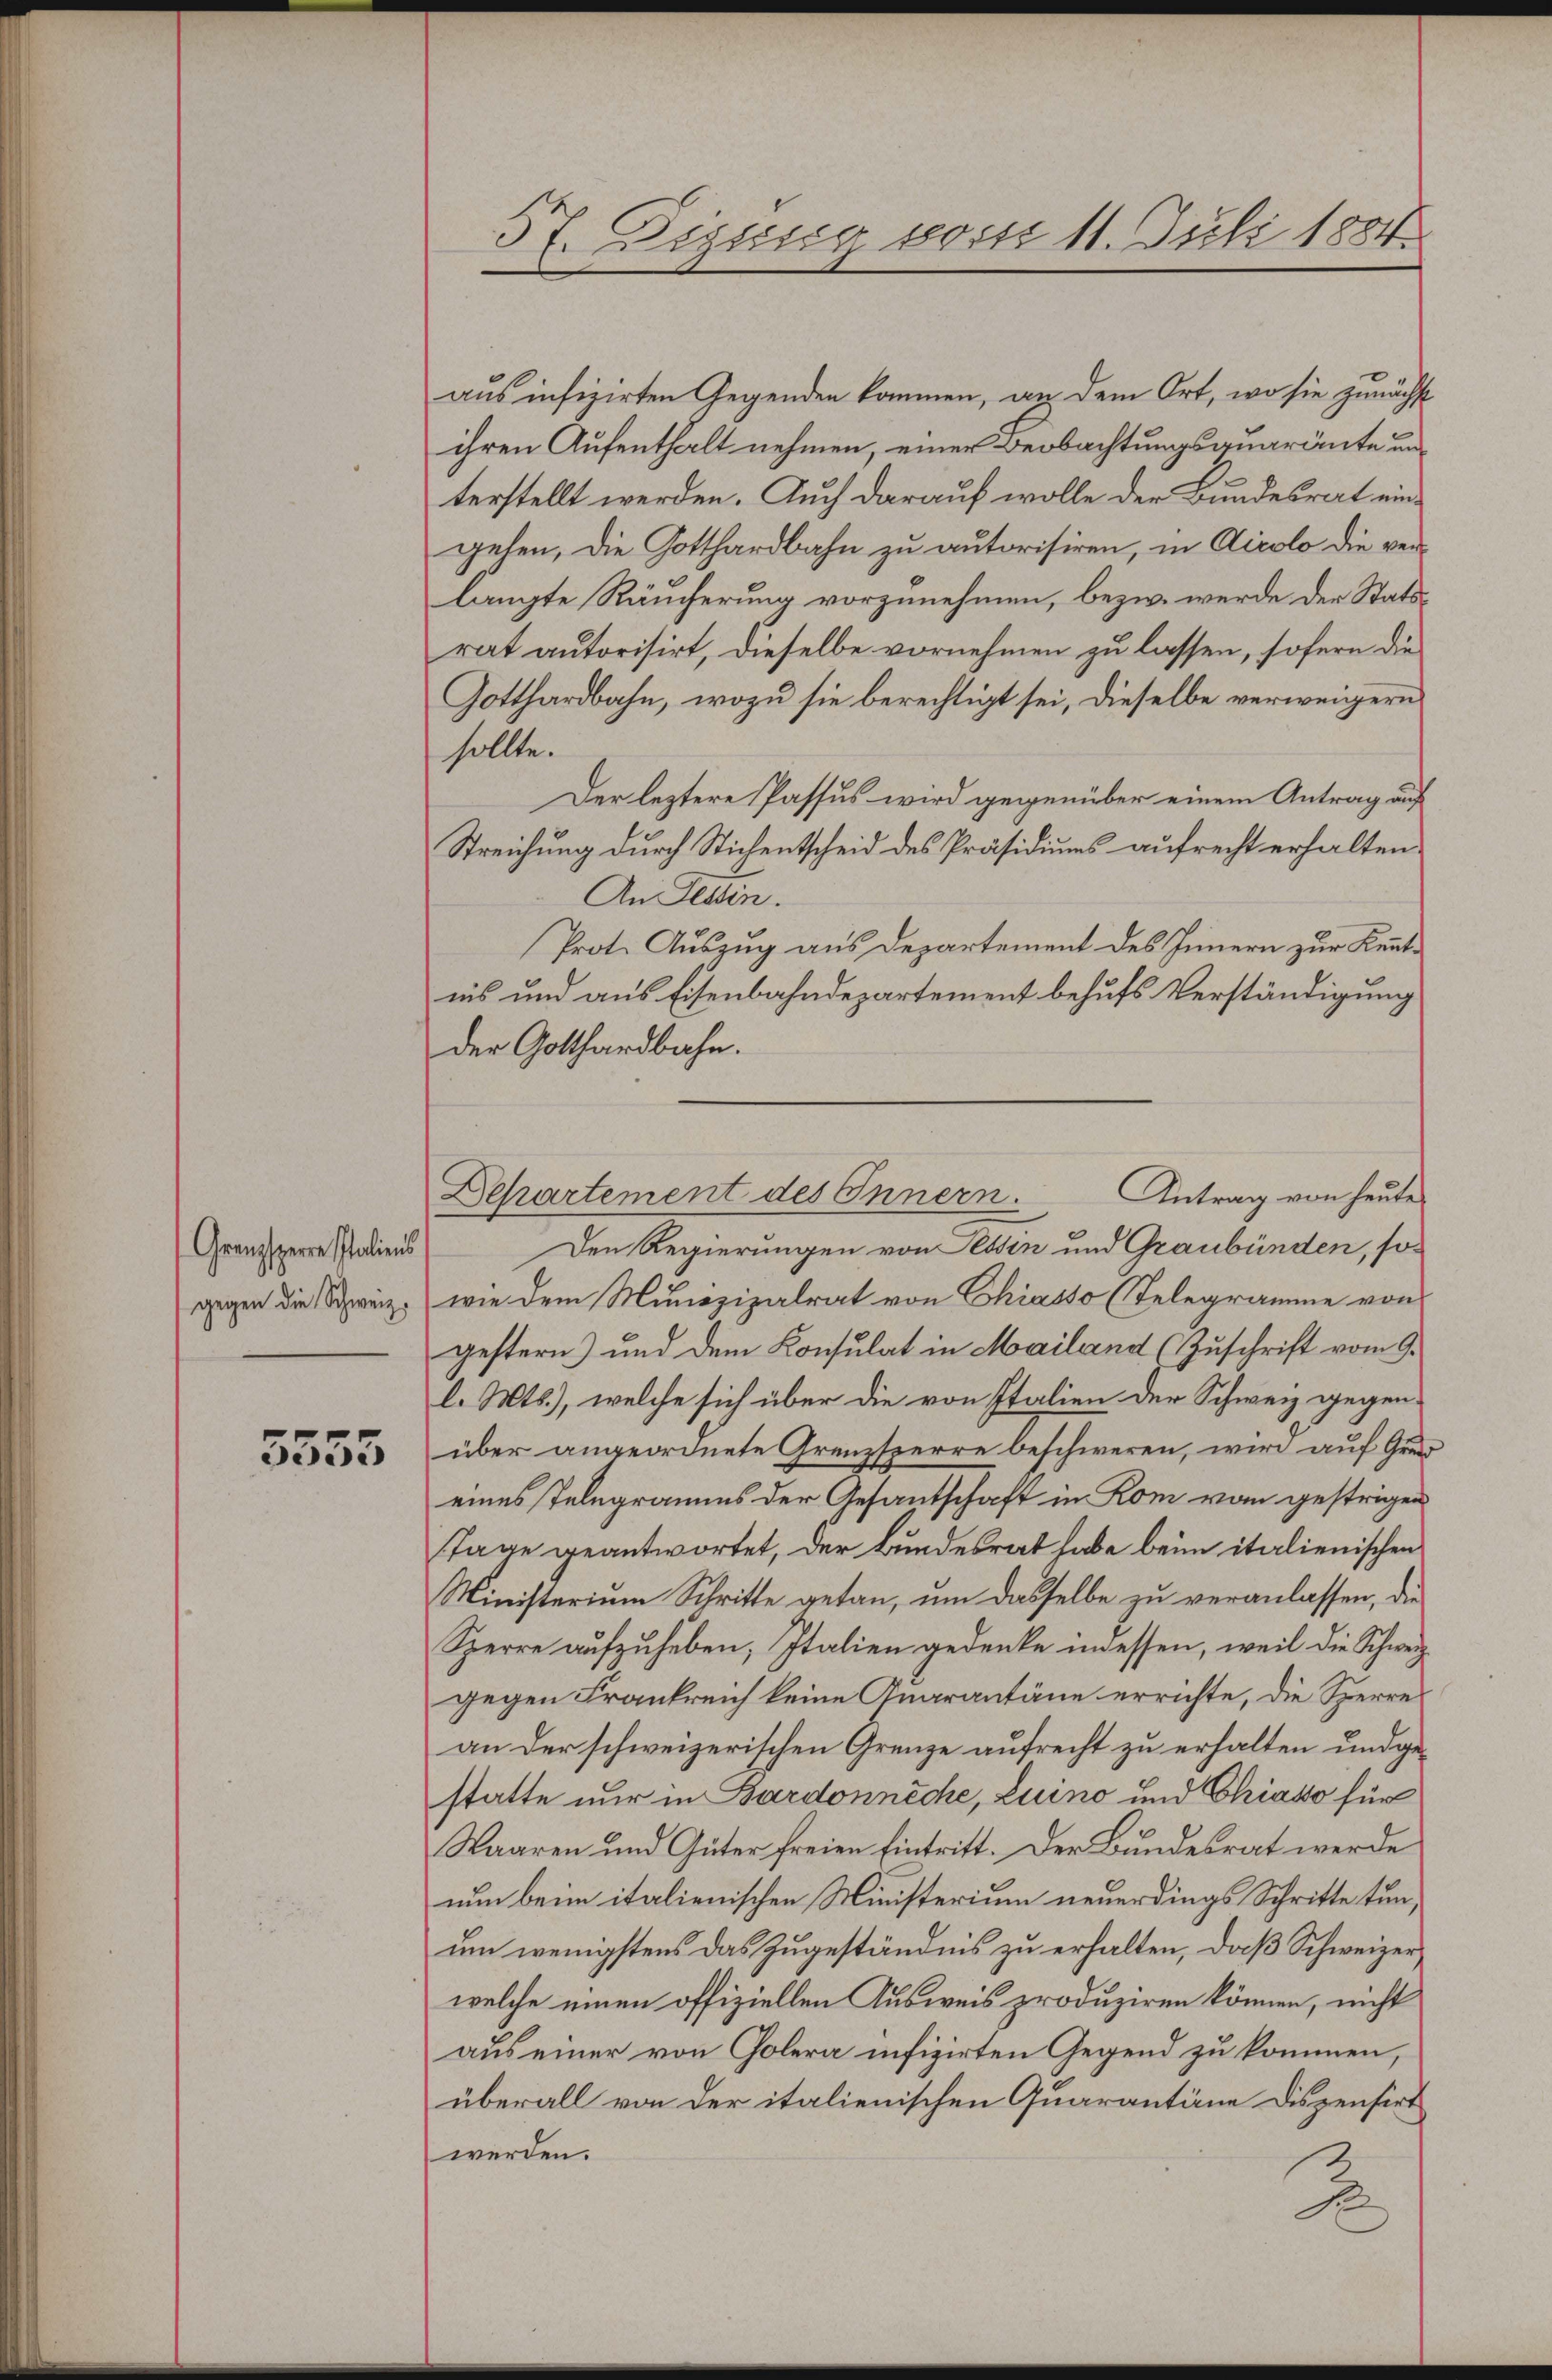
Granzsperre Italiens
gegen die Schweiz.

3555

57. Diesig vom 11. Juli 1884.
E

aus infizirten Gegenden kommen, an dem Ort, wo sie zunächst
ihren Aufenthalt nehmen, einer Beobachtungsquarante unterstellt werden. Auch darauf wolle der Bundesrat eingeben, die Gotthardbahn zu autorisiren, in Airolo die verlangte Räucherung vorzunehmen, bezw. werde der Statsrat autorisirt, dieselbe vornehmen zu lassen, sofern die
Gotthardbahn, wozu sie berechtigt sei, dieselbe verweigern
sollte.
Der leztere Passus wird gegenüber einem Antrag auf
Streichung durch Stichentscheid des Präsidiums aufrecht erhalten.
An Tessin.
Prot. Auszug aus Departement des Innern zur Kenntiis und aus Eisenbahndepartement behufs Verständigung
der Gotthardbahn.
Den Regierungen von Tessin und Graubünden, sowie dem Munizipalrat von Chiasso (Telegramme von
gestern) und dem Konsulat in Mailand (Zuschrift vom 9.
l. Mts.), welche sich über die von Italien der Schweiz gegen-
über angeordnete Grenzsperre beschweren, wird auf Grund
eines Telegramms der Gesantschaft in Rom vom gestrigen
Tage geantwortet, der Bundesrat habe beim italienischen
Ministerium Schritte getan, um dasselbe zu veranlassen, die
Sperre aufzuheben, Italien gedenke indessen, weil die Schweizgegen Frankreich keine Angrantäne errichte, die Sperre
an der schweizerischen Grenze aufrecht zu erhalten und gestatte nur in Bardonnecke, Luino und Chiaso für
Waaren und Güter freien Eintritt. Der Bundesrat werde
nun beim italienischen Ministerium neuerdings Schritte tun,
um wenigstens das Zugeständnis zu erhalten, daß Schweizerwelche einen offiziellen Ausweis produziren können, nicht
aus einer von Golera infizirten Gegend zu kommen,
überall von der italienischen Quarantäne dispensirt
werden.
2

Antrag von heute
Dehartement des Innern.